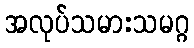
အလုပ်သမားသမဂ္ဂ